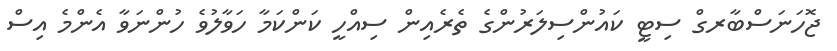
ޖޮހަނަސްބާރގް ސިޓީ ކައުންސިލަރުންގެ ތެރެއިން ސިއްހީ ކަންކަމާ ހަވާލުވެ ހުންނަވާ އެންމެ އިސް